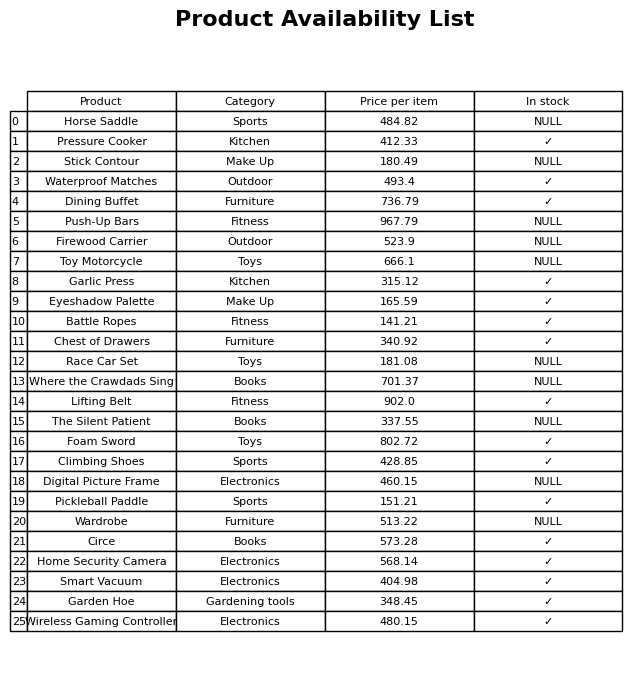
question: What is the price of the Waterproof Matches?
answer: The price of Waterproof Matches is 493.4.